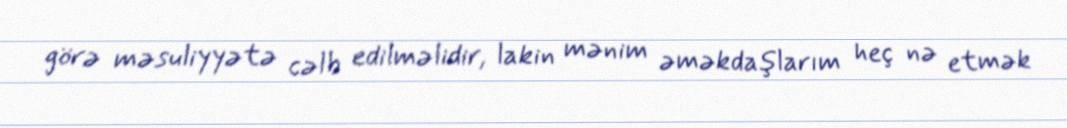
görə məsuliyyətə cəlb edilməlidir, lakin mənim əməkdaşlarım heç nə etmək